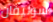
سوليفان